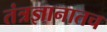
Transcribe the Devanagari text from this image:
तंत्रज्ञानातच